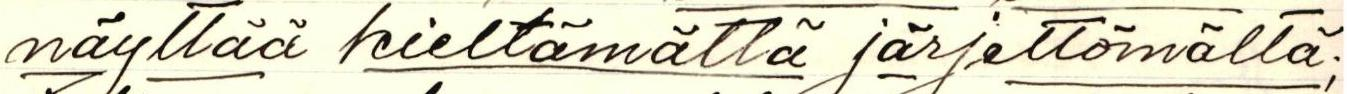
näyttää kieltämättä järjettömältä;